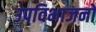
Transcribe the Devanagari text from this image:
उपविभाजनों